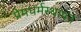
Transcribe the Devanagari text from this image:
प्रेमधर्मस्थापन